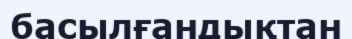
басылғандықтан